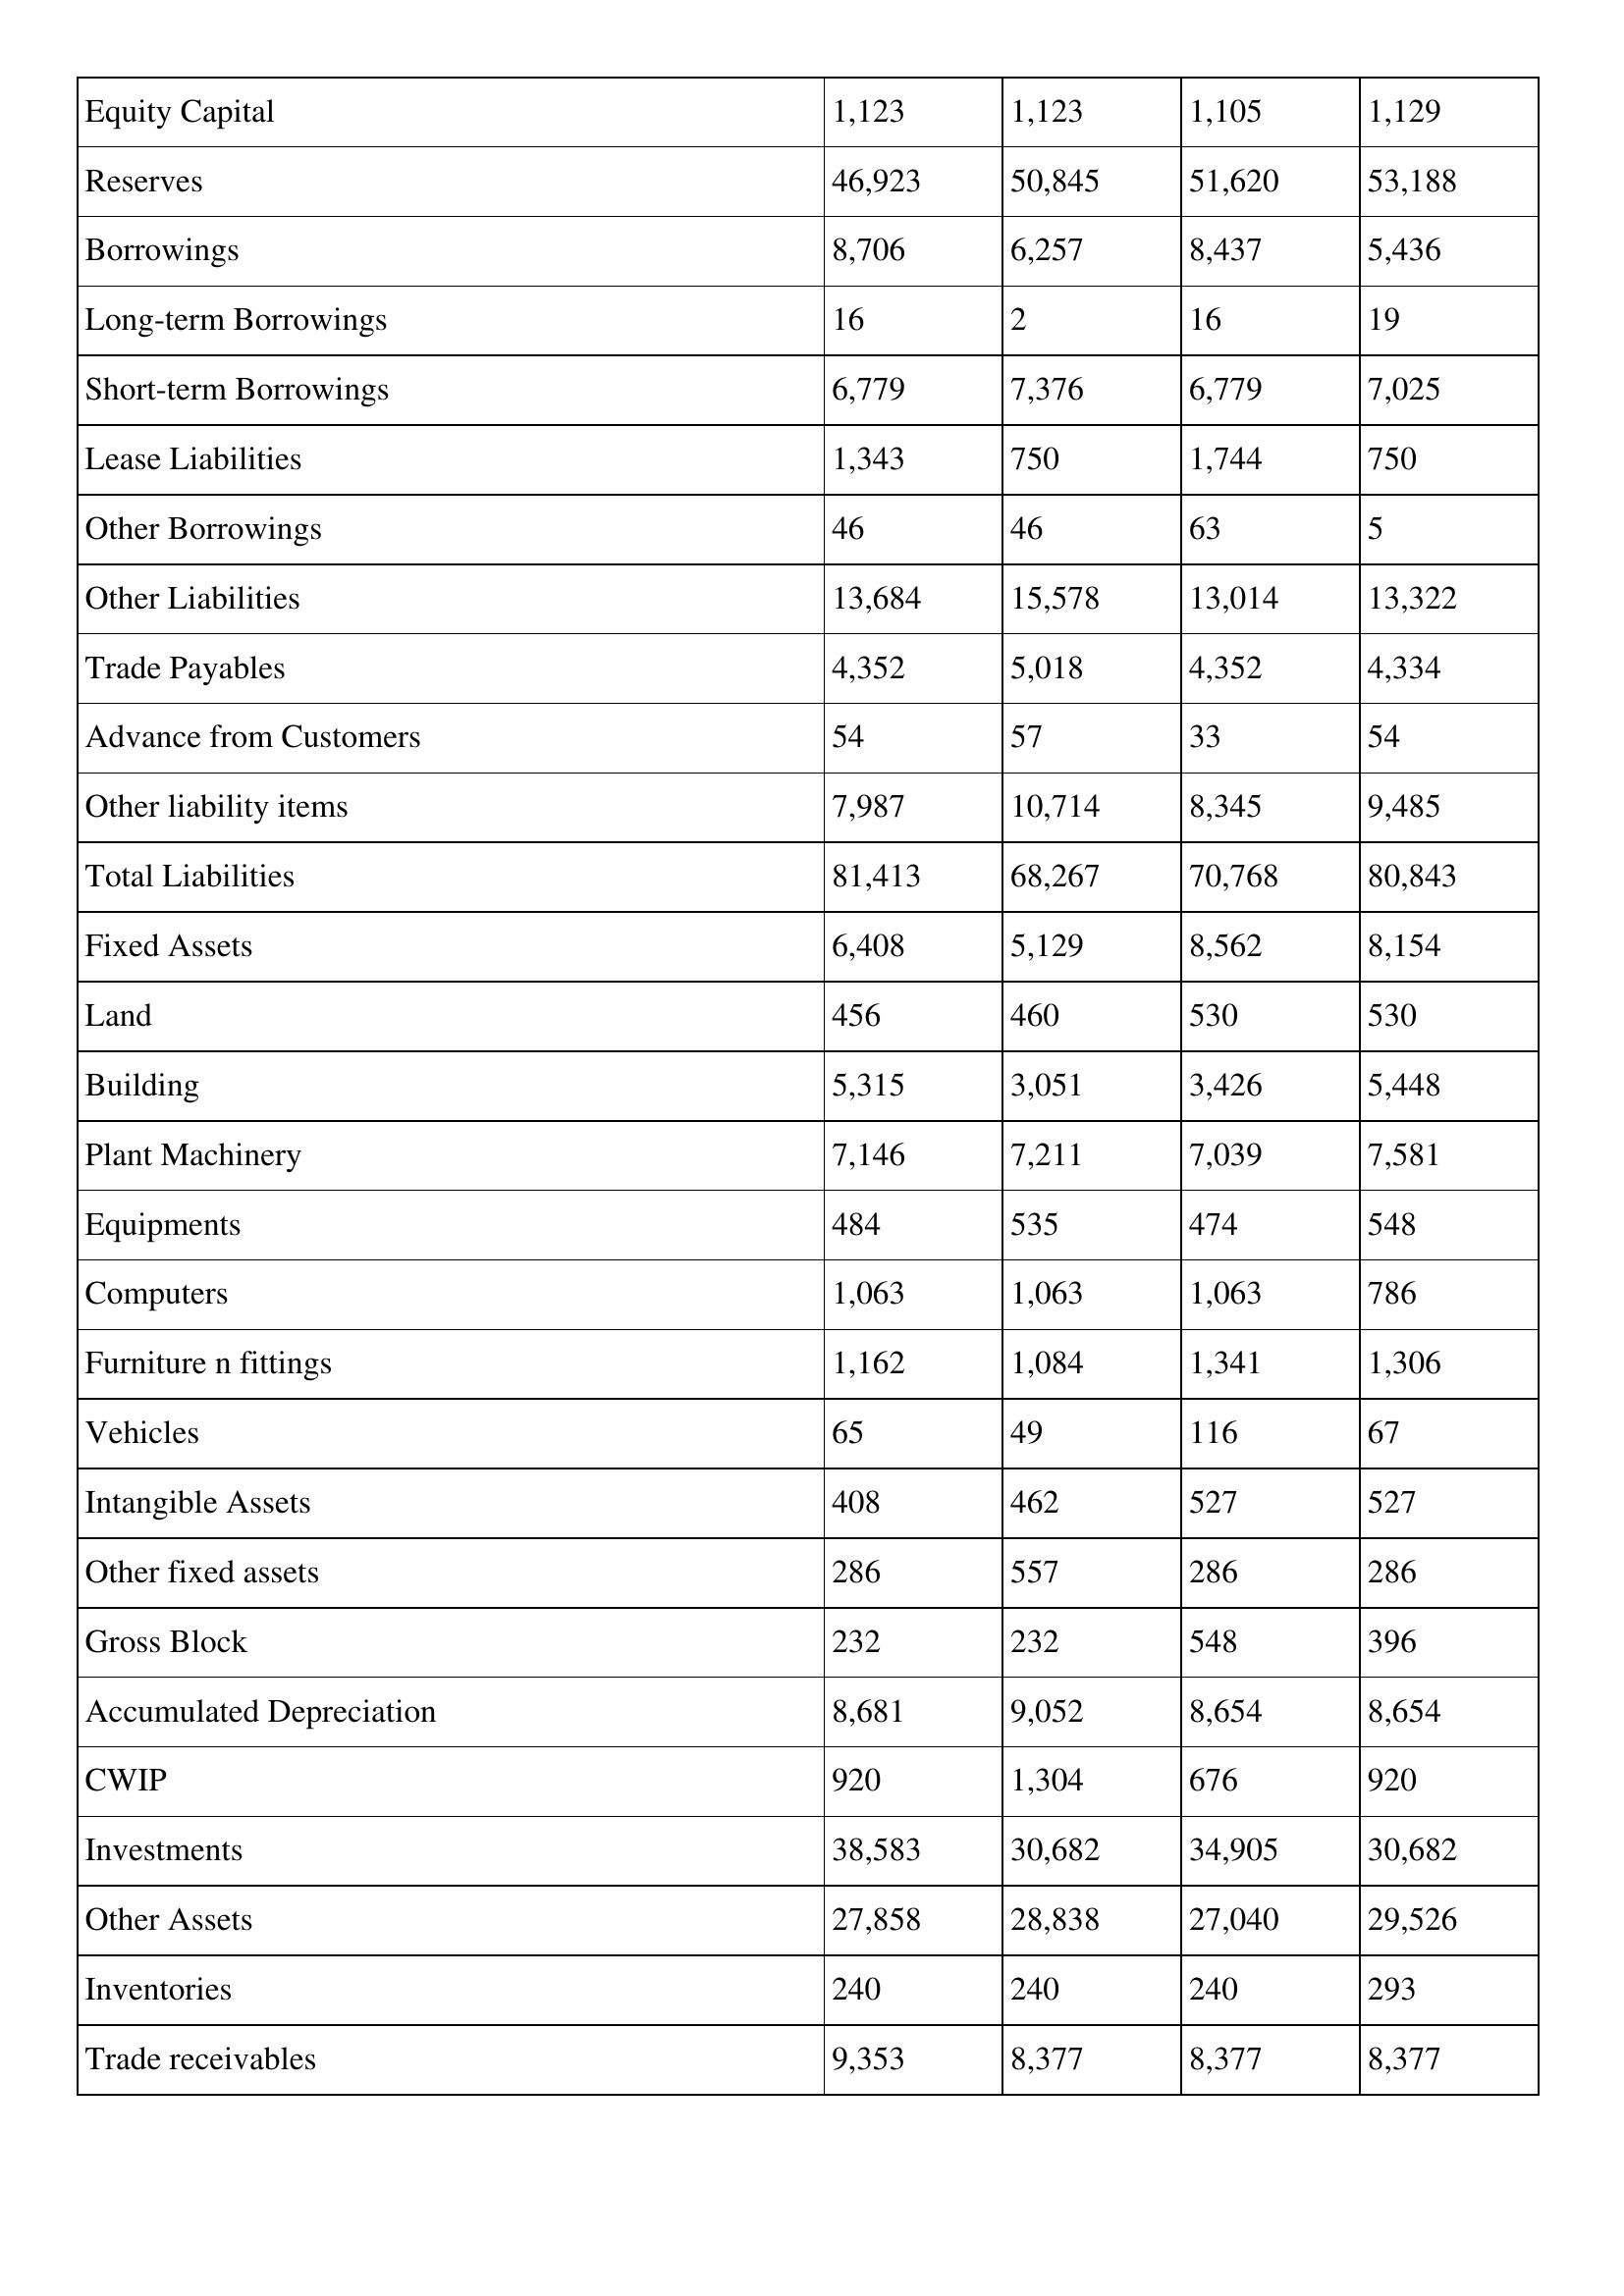
gt_parse: 1993: Balance Sheet: Equity Capital: 1,123
Reserves: 46,923
Borrowings: 8,706
Long-term Borrowings: 16
Short-term Borrowings: 6,779
Lease Liabilities: 1,343
Other Borrowings: 46
Other Liabilities: 13,684
Trade Payables: 4,352
Advance from Customers: 54
Other liability items: 7,987
Total Liabilities: 81,413
Fixed Assets: 6,408
Land: 456
Building: 5,315
Plant Machinery: 7,146
Equipments: 484
Computers: 1,063
Furniture n fittings: 1,162
Vehicles: 65
Intangible Assets: 408
Other fixed assets: 286
Gross Block: 232
Accumulated Depreciation: 8,681
CWIP: 920
Investments: 38,583
Other Assets: 27,858
Inventories: 240
Trade receivables: 9,353
1992: Balance Sheet: Equity Capital: 1,123
Reserves: 50,845
Borrowings: 6,257
Long-term Borrowings: 2
Short-term Borrowings: 7,376
Lease Liabilities: 750
Other Borrowings: 46
Other Liabilities: 15,578
Trade Payables: 5,018
Advance from Customers: 57
Other liability items: 10,714
Total Liabilities: 68,267
Fixed Assets: 5,129
Land: 460
Building: 3,051
Plant Machinery: 7,211
Equipments: 535
Computers: 1,063
Furniture n fittings: 1,084
Vehicles: 49
Intangible Assets: 462
Other fixed assets: 557
Gross Block: 232
Accumulated Depreciation: 9,052
CWIP: 1,304
Investments: 30,682
Other Assets: 28,838
Inventories: 240
Trade receivables: 8,377
1991: Balance Sheet: Equity Capital: 1,105
Reserves: 51,620
Borrowings: 8,437
Long-term Borrowings: 16
Short-term Borrowings: 6,779
Lease Liabilities: 1,744
Other Borrowings: 63
Other Liabilities: 13,014
Trade Payables: 4,352
Advance from Customers: 33
Other liability items: 8,345
Total Liabilities: 70,768
Fixed Assets: 8,562
Land: 530
Building: 3,426
Plant Machinery: 7,039
Equipments: 474
Computers: 1,063
Furniture n fittings: 1,341
Vehicles: 116
Intangible Assets: 527
Other fixed assets: 286
Gross Block: 548
Accumulated Depreciation: 8,654
CWIP: 676
Investments: 34,905
Other Assets: 27,040
Inventories: 240
Trade receivables: 8,377
1990: Balance Sheet: Equity Capital: 1,129
Reserves: 53,188
Borrowings: 5,436
Long-term Borrowings: 19
Short-term Borrowings: 7,025
Lease Liabilities: 750
Other Borrowings: 5
Other Liabilities: 13,322
Trade Payables: 4,334
Advance from Customers: 54
Other liability items: 9,485
Total Liabilities: 80,843
Fixed Assets: 8,154
Land: 530
Building: 5,448
Plant Machinery: 7,581
Equipments: 548
Computers: 786
Furniture n fittings: 1,306
Vehicles: 67
Intangible Assets: 527
Other fixed assets: 286
Gross Block: 396
Accumulated Depreciation: 8,654
CWIP: 920
Investments: 30,682
Other Assets: 29,526
Inventories: 293
Trade receivables: 8,377